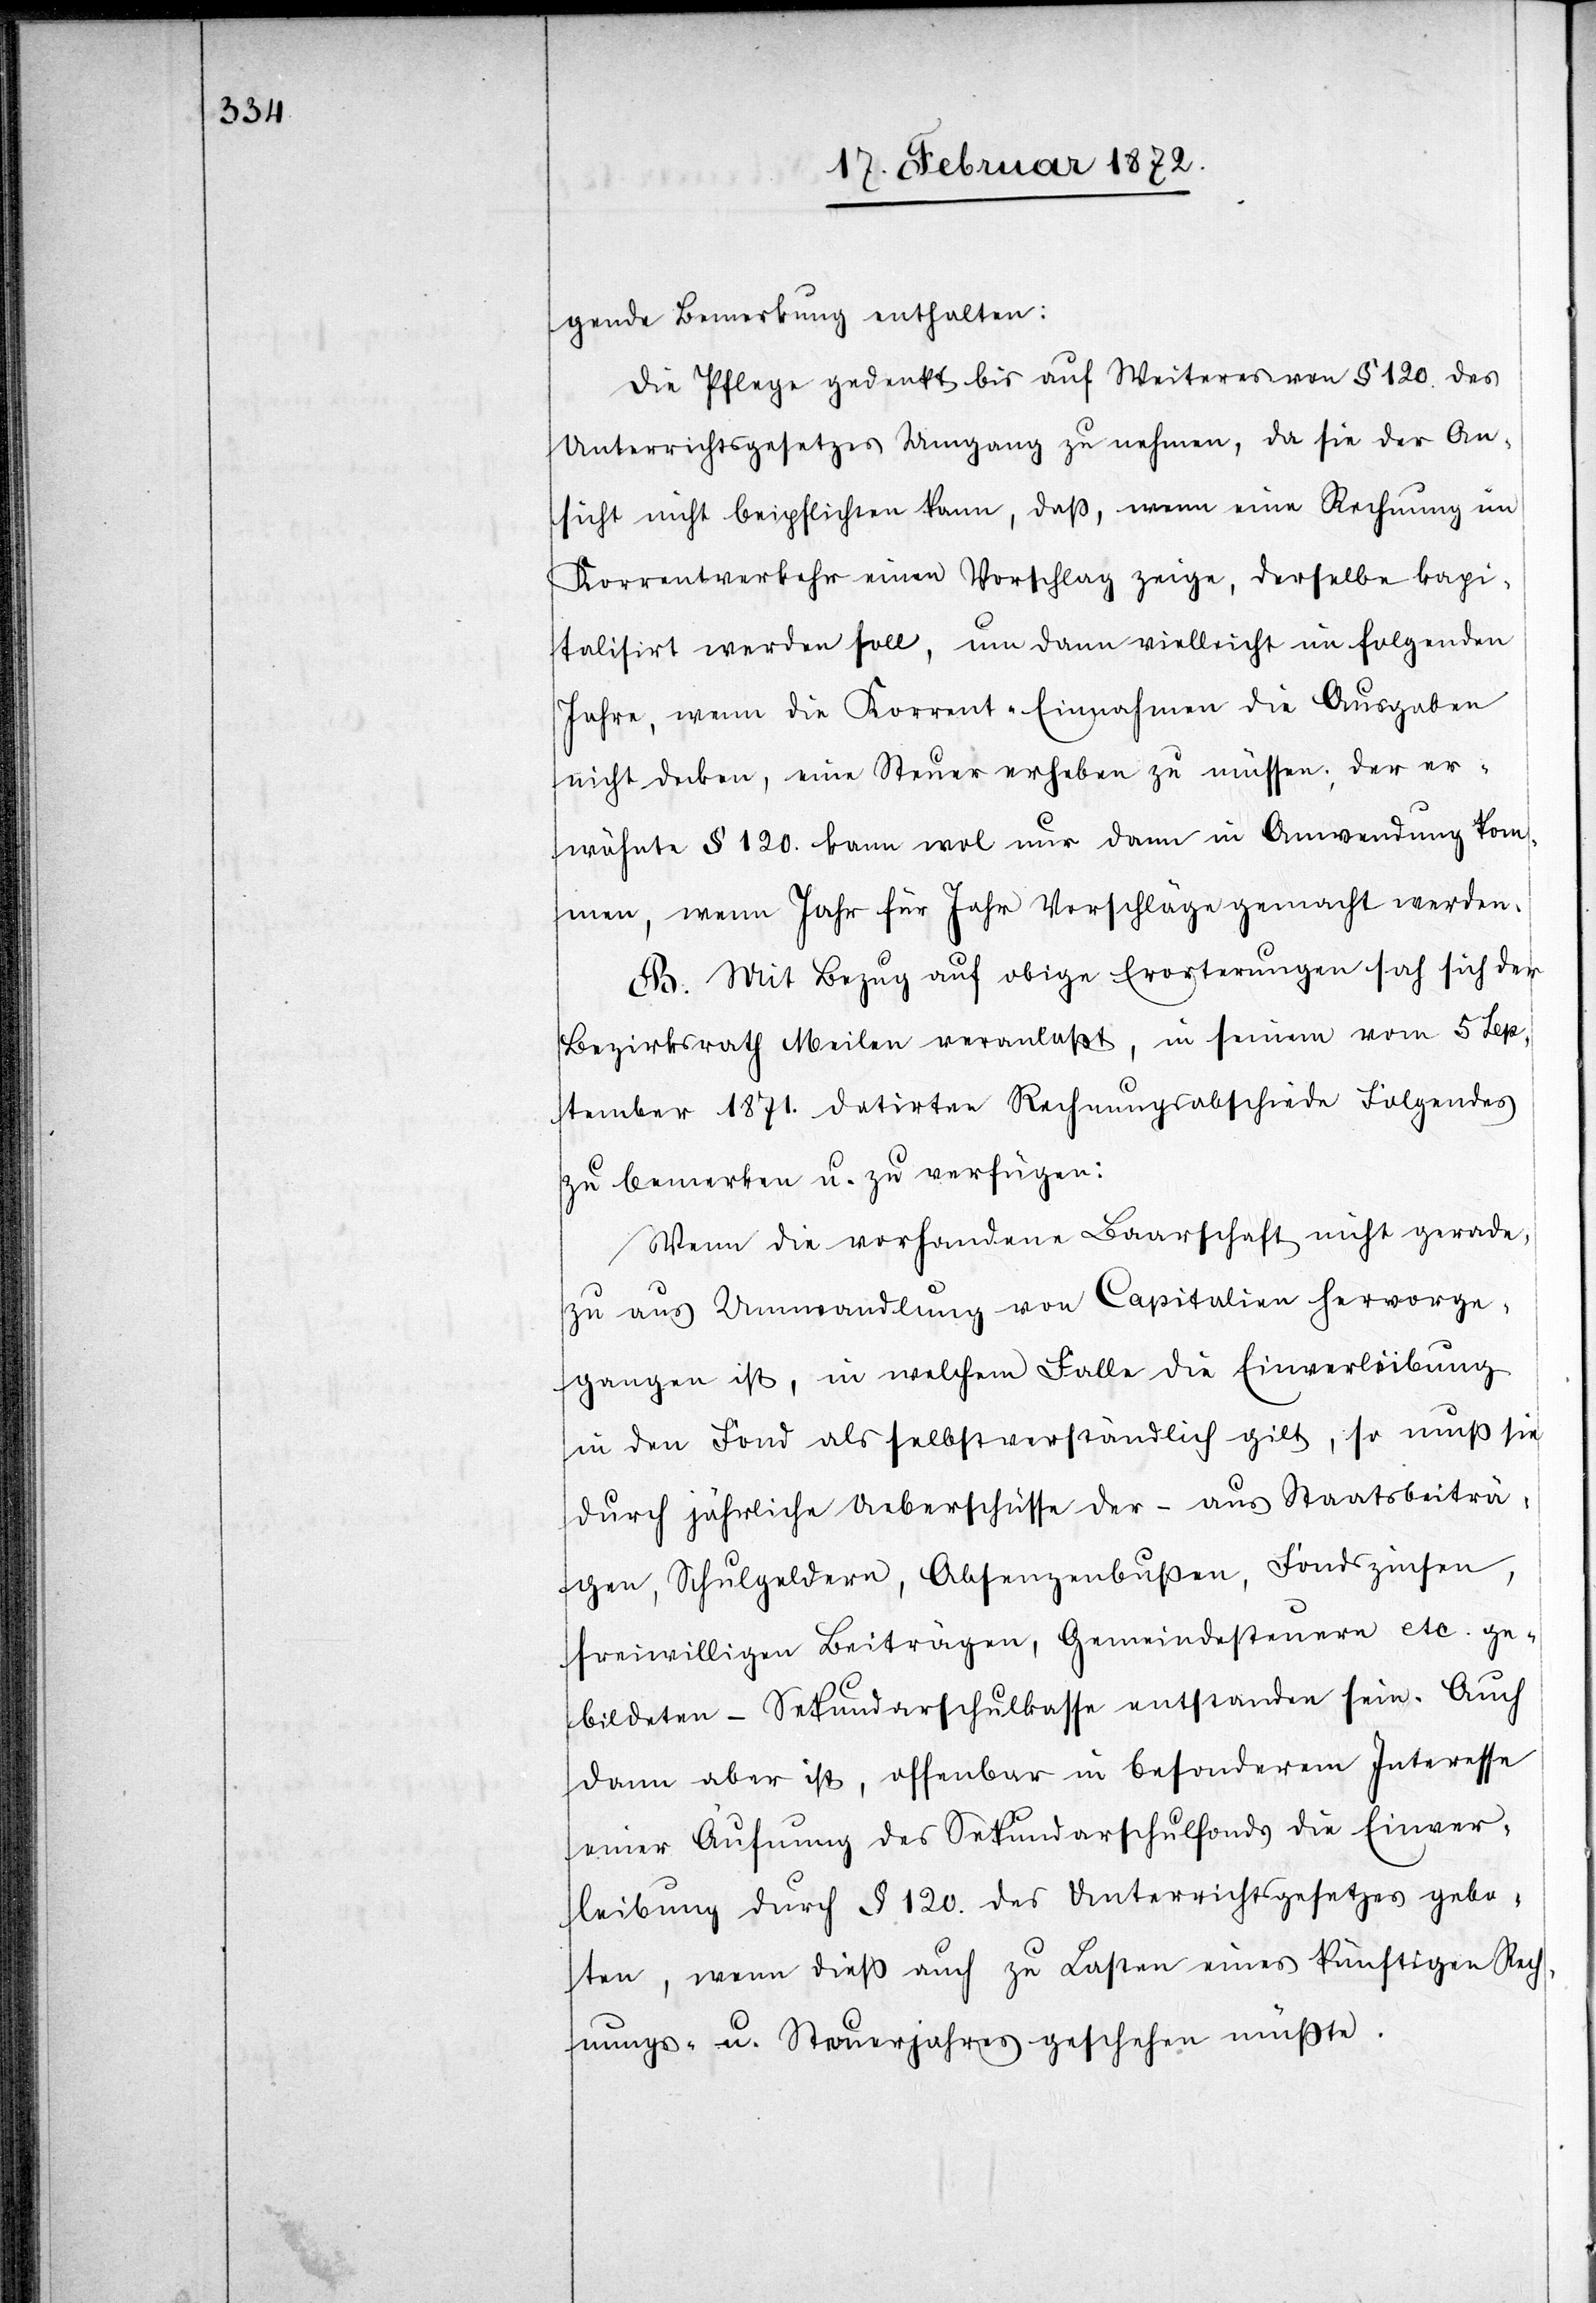
gende Bemerkung enthalten:
Die Pflege gedenkt bis auf Weiteres von § 120. des
Unterrichtsgesetzes Umgang zu nehmen, da sie der An¬
sicht nicht beipflichten kann, daß, wenn eine Rechnung im
Korrentverkehr einen Vorschlag zeige, derselbe kapi¬
talisirt werden soll, um dann vielleicht im folgenden
Jahre, wenn die Korrent-Einnahmen die Ausgaben
nicht decken, eine Steuer erheben zu müssen; der er¬
wähnte § 120. kann wol nur dann in Anwendung kom¬
men, wenn Jahr für Jahr Vorschläge gemacht werden.
B. Mit Bezug auf obige Erorterungen sah sich der
Bezirksrath Meilen veranlaßt, in seinem vom 5 Sep¬
tember 1871. datirten Rechnungsabschiede Folgendes
zu bemerken u. zu verfügen:
Wenn die vorhandene Baarschaft nicht gerade¬
zu aus Umwandlung von Capitalien hervorge¬
gangen ist, in welchem Falle die Einverleibung
in den Fond als selbstverständlich gilt, so muß sie
durch jährliche Ueberschüsse der – aus Staatsbeiträ¬
gen, Schulgeldern, Absenzenbußen, Fondszinsen,
freiwilligen Beiträgen, Gemeindesteuern etc. ge¬
bildeten – Sekundarschulkasse entstanden sein. Auch
dann aber ist, offenbar in besonderem Interesse
einer Aufnung des Sekundarschulfonds die Einver¬
leibung durch § 120. des Unterrichtsgesetzes gebo¬
ten, wenn dieß auch zu Lasten eines künftigen Rech¬
nungs- u. Steuerjahres geschehen müßte.